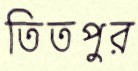
তিতপুর